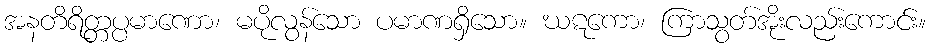
အနတိရိတ္တပ္ပမာဏော၊ မပိုလွန်သော ပမာဏရှိသော။ ဃဋကော၊ ကြာသွတ်အိုးလည်းကောင်း။